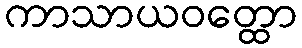
ကာသာယဝတ္ထော